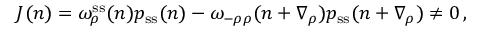
J { } _ { } ( \boldsymbol n ) = \omega _ { \rho } ^ { \mathrm { s s } } ( \boldsymbol n ) p _ { \mathrm { s s } } ( \boldsymbol n ) - \omega _ { - \rho \rho } ( \boldsymbol n + \boldsymbol { \nabla } _ { \rho } ) p _ { \mathrm { s s } } ( \boldsymbol n + \boldsymbol { \nabla } _ { \rho } ) \neq 0 \, ,